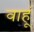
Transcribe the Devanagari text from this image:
वाहूं